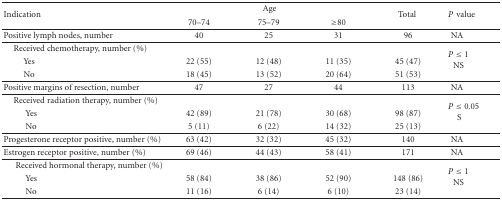
<table><thead><tr><td rowspan="2"><b>Indication</b></td><td colspan="3"><b>Age</b></td><td rowspan="2"><b>Total</b></td><td rowspan="2"><b><i>P</i>value</b></td></tr><tr><td><b>70–74</b></td><td><b>75–79</b></td><td><b>≥80</b></td></tr></thead><tbody><tr><td>Positive lymph nodes, number</td><td>40</td><td>25</td><td>31</td><td>96</td><td>NA</td></tr><tr><td>Received chemotherapy, number (%)</td><td></td><td></td><td></td><td></td><td rowspan="3"><i>P</i> ≤ 1NS</td></tr><tr><td>Yes</td><td>22 (55)</td><td>12 (48)</td><td>11 (35)</td><td>45 (47)</td></tr><tr><td>No</td><td>18 (45)</td><td>13 (52)</td><td>20 (64)</td><td>51 (53) </td></tr><tr><td>Positive margins of resection, number</td><td>47</td><td>27</td><td>44</td><td>113</td><td>NA</td></tr><tr><td>Received radiation therapy, number (%)</td><td></td><td></td><td></td><td></td><td rowspan="3"><i>P</i> ≤ 0.05S</td></tr><tr><td>Yes</td><td>42 (89)</td><td>21 (78)</td><td>30 (68)</td><td>98 (87)</td></tr><tr><td>No</td><td>5 (11)</td><td>6 (22)</td><td>14 (32)</td><td>25 (13) </td></tr><tr><td>Progesterone receptor positive, number (%)</td><td>63 (42)</td><td>32 (32)</td><td>45 (32)</td><td>140</td><td>NA</td></tr><tr><td>Estrogen receptor positive, number (%)</td><td>69 (46)</td><td>44 (43)</td><td>58 (41)</td><td>171</td><td>NA</td></tr><tr><td>Received hormonal therapy, number (%)</td><td></td><td></td><td></td><td></td><td rowspan="3"><i>P</i> ≤ 1NS</td></tr><tr><td>Yes</td><td>58 (84)</td><td>38 (86)</td><td>52 (90)</td><td>148 (86)</td></tr><tr><td>No</td><td>11 (16)</td><td>6 (14)</td><td>6 (10)</td><td>23 (14)</td></tr></tbody></table>